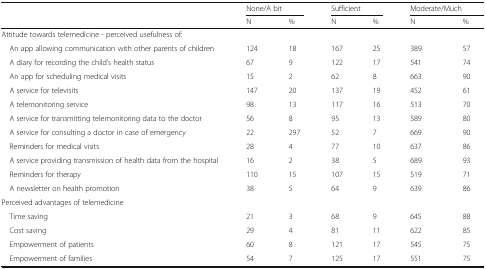
| <ROWSPAN=2>  | <COLSPAN=2> None/A bit | <COLSPAN=2> Sufficient | <COLSPAN=2> Moderate/Much |
 | N | % | N | % | N | % |
 | --- | --- | --- | --- | --- | --- | --- |
 | <COLSPAN=7> Attitude towards telemedicine - perceived usefulness of: |
 | An app allowing communication with other parents of children | 124 | 18 | 167 | 25 | 389 | 57 |
 | A diary for recording the child’s health status | 67 | 9 | 122 | 17 | 541 | 74 |
 | An app for scheduling medical visits | 15 | 2 | 62 | 8 | 663 | 90 |
 | A service for televisits | 147 | 20 | 137 | 19 | 452 | 61 |
 | A telemonitoring service | 98 | 13 | 117 | 16 | 513 | 70 |
 | A service for transmitting telemonitoring data to the doctor | 56 | 8 | 95 | 13 | 589 | 80 |
 | A service for consulting a doctor in case of emergency | 22 | 297 | 52 | 7 | 669 | 90 |
 | Reminders for medical visits | 28 | 4 | 77 | 10 | 637 | 86 |
 | A service providing transmission of health data from the hospital | 16 | 2 | 38 | 5 | 689 | 93 |
 | Reminders for therapy | 110 | 15 | 107 | 15 | 519 | 71 |
 | A newsletter on health promotion | 38 | 5 | 64 | 9 | 639 | 86 |
 | <COLSPAN=7> Perceived advantages of telemedicine |
 | Time saving | 21 | 3 | 68 | 9 | 645 | 88 |
 | Cost saving | 29 | 4 | 81 | 11 | 622 | 85 |
 | Empowerment of patients | 60 | 8 | 121 | 17 | 545 | 75 |
 | Empowerment of families | 54 | 7 | 125 | 17 | 551 | 75 |